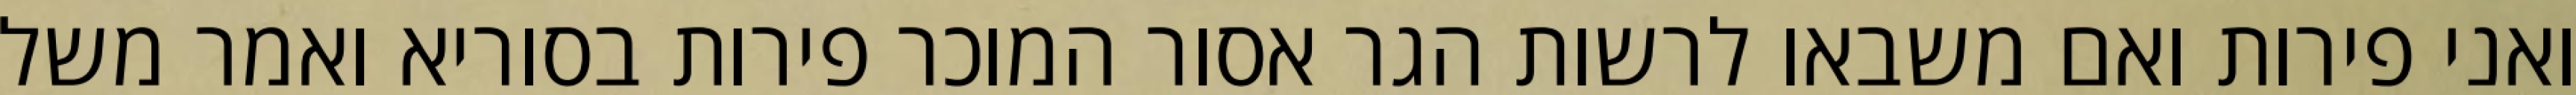
ואני פירות ואם משבאו לרשות הגר אסור המוכר פירות בסוריא ואמר משל